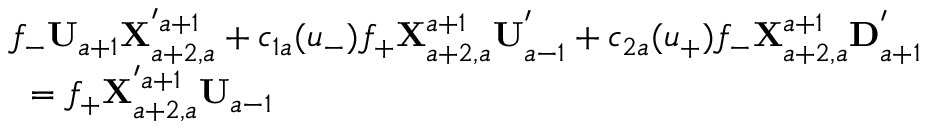
\begin{array} { l } { { f _ { - } { \bf U } _ { a + 1 } { \bf X } _ { a + 2 , a } ^ { ' a + 1 } + c _ { 1 a } ( u _ { - } ) f _ { + } { \bf X } _ { a + 2 , a } ^ { a + 1 } { \bf U } _ { a - 1 } ^ { ' } + c _ { 2 a } ( u _ { + } ) f _ { - } { \bf X } _ { a + 2 , a } ^ { a + 1 } { \bf D } _ { a + 1 } ^ { ' } } } \\ { { \mathrm { ~ } = f _ { + } { \bf X } _ { a + 2 , a } ^ { ' a + 1 } { \bf U } _ { a - 1 } } } \end{array}